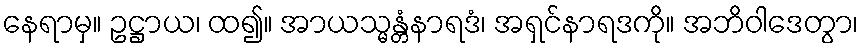
နေရာမှ။ ဥဋ္ဌာယ၊ ထ၍။ အာယသ္မန္တံနာရဒံ၊ အရှင်နာရဒကို။ အဘိဝါဒေတွာ၊